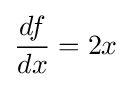
{\frac {df}{dx}}=2x